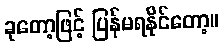
ခုတော့ဖြင့် ပြန်မရနိုင်တော့။